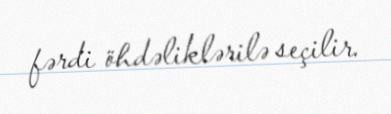
fərdi öhdəliklərilə seçilir.